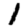
Digit: 1